Leaving Certificate Examination, 1914
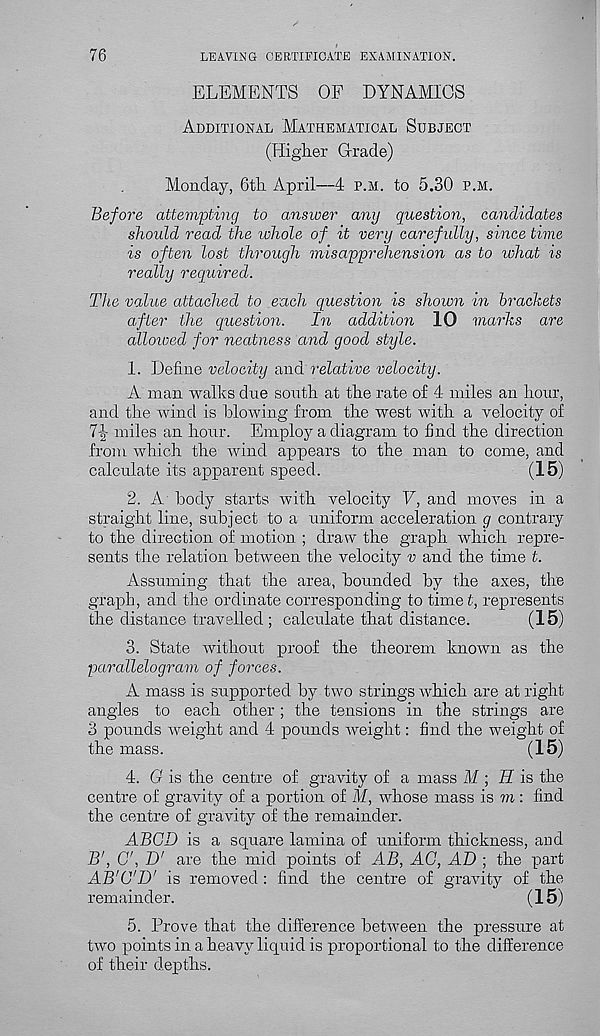
76
LEAVING CERTIFICATE EXAMINATION.
ELEMENTS OF DYNAMICS
Additional Mathematical Subject
(Higher Grade)
Monday, 6th April—4 p.m. to 5.30 p.m.
Before attempting to answer any question, candidates
shoidd read the whole of it very carefully, since time
is often lost through misapprehension as to what is
really required.
The value attached to each question is shown in brackets
after the question.
In addition 10 marks are
allowed for neatness and good style.
1. Define velocity and relative velocity.
A man walks due south at the rate of 4 miles an hour,
and the wind is blowing from the west with a velocity of
I\ miles an hour. Employ a diagram to find the direction
from which the wind appears to the man to come, and
calculate its apparent speed.
(15)
2. A body starts with velocity V, and moves in a
straight line, subject to a uniform acceleration g contrary
to the direction of motion ; draw the graph which repre-
sents the relation between the velocity v and the time t.
Assuming that the area, bounded by the axes, the
graph, and the ordinate corresponding to timet, represents
the distance travelled ; calculate that distance.
(15)
3. State without proof the theorem known as the
parallelogram of forces.
A mass is supported by two strings which are at right
angles to each other ; the tensions in the strings are
3 pounds weight and 4 pounds weight: find the weight of
the mass.
(15)
4. G is the centre of gravity of a mass M ; H is the
centre of gravity of a portion of M, whose mass is to : find
the centre of gravity of the remainder.
ABGD is a square lamina of uniform thickness, and
B', G', D' are the mid points of AB, AG, AD ; the part
AB'G'D' is removed : find the centre of gravity of the
remainder.
(15)
5. Prove that the difference between the pressure at
two points in a heavy liquid is proportional to the difference
of their depths.